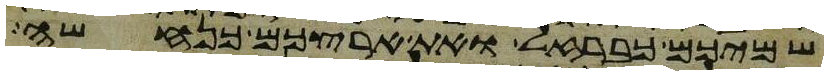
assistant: שמיכם כברזל ואת ארצכם כנחשה